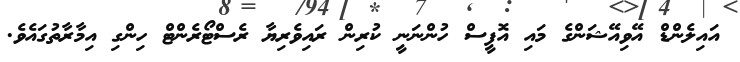
އައިލެންޑް އޭވިއޭޝަންގެ މައި އޮފީސް ހުންނަނީ ކުރިން ރައިވެރިޔާ ރެސްޓޯރެންޓް ހިންގި އިމާރާތުގައެވެ.